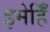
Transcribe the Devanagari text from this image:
इमेहिँ